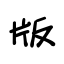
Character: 版